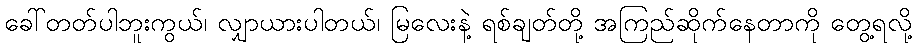
ခေါ်တတ်ပါဘူးကွယ်၊ လျှာယားပါတယ်၊ မြလေးနဲ့ ရစ်ချတ်တို့ အကြည်ဆိုက်နေတာကို တွေ့ရလို့